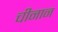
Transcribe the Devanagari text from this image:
चीनान